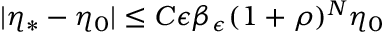
| \eta _ { * } - \eta _ { 0 } | \le C \epsilon \beta _ { \epsilon } ( 1 + \rho ) ^ { N } \eta _ { 0 }